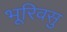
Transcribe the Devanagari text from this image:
भूरिवसु